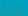
تتجاوز